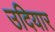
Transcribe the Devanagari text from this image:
उदियार